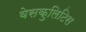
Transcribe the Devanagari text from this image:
वेसकुलिटिस